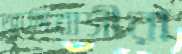
আদিবাসীরা